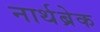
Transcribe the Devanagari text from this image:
नार्थब्रेक